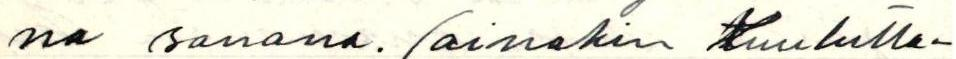
na sanana. (ainakin kuulutta-